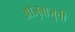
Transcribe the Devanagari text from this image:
आजुबाजुची